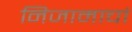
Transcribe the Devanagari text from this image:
निजामाचां